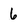
Character: 6